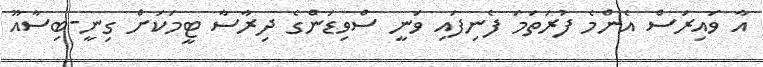
އާ ވައިރަސް އެންމެ ފުރަތަމަ ފެނިިފައި ވަނީ ސްވިޑަންގެ ދިރާސާ ޓީމަކަށް ގިނީ-ބިސާއޫ